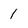
Character: 1